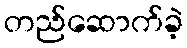
တည်ဆောက်ခဲ့